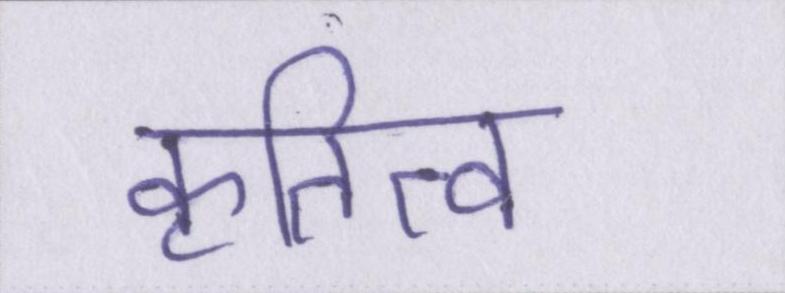
कृतित्व